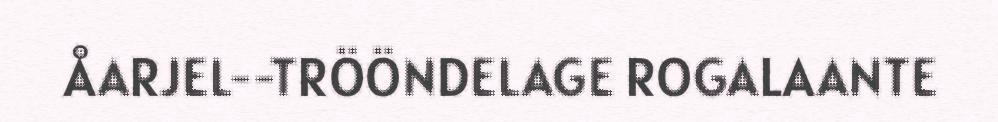
ÅARJEL-‐TRÖÖNDELAGE ROGALAANTE